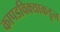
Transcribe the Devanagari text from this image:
कापडविक्याकडून